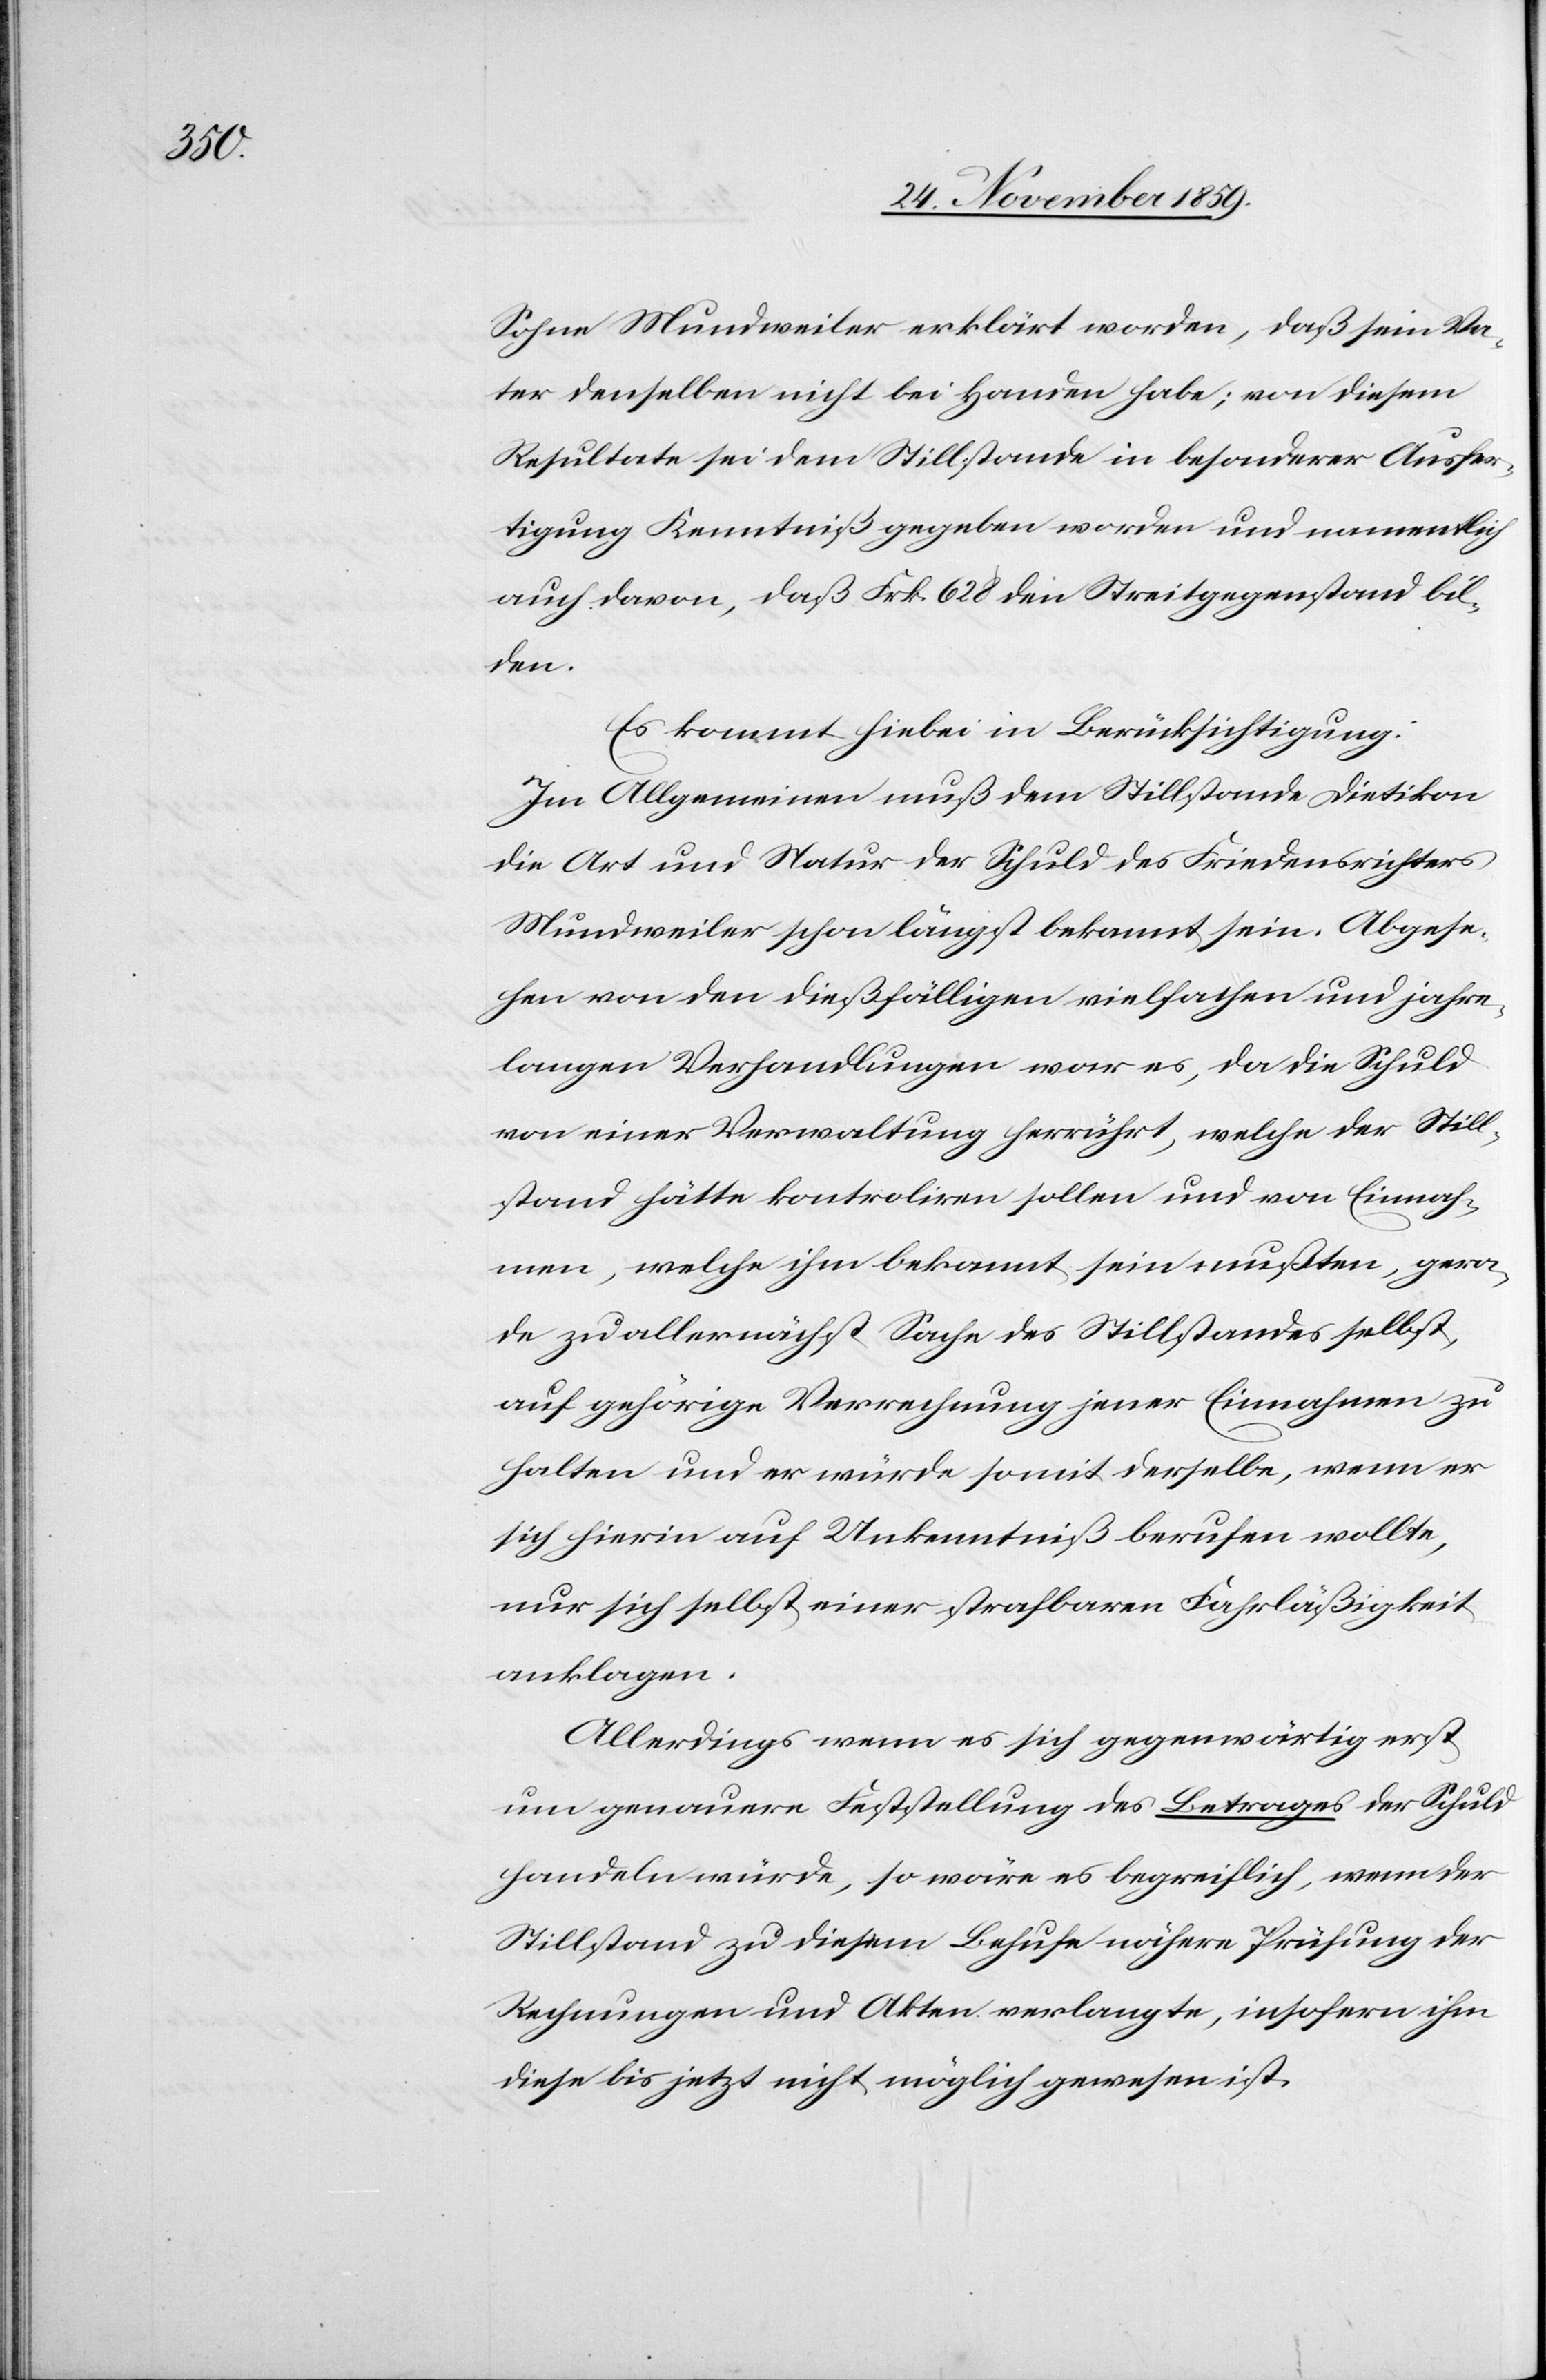
Sohne Mundweiler erklärt worden, daß sein Va¬
ter denselben nicht bei Handen habe; von diesem
Resultate sei dem Stillstande in besonderer Ausfer¬
tigung Kenntniß gegeben worden und namentlich
auch davon, daß Frk. 628 den Streitgegenstand bil¬
den.
Es kommt hiebei in Berücksichtigung:
Im Allgemeinen muß dem Stillstande Dietikon
die Art und Natur der Schuld des Friedensrichters
Mundweiler schon längst bekannt sein. Abgese¬
hen von den dießfälligen vielfachen und jahre¬
langen Verhandlungen war es, das die Schuld
von einer Verwaltung herrührt, welche der Still¬
stand hätte kontroliren sollen und von Einnah¬
men, welche ihm bekannt sein mußten, gera¬
de zuallernächst Sache des Stillstandes selbst,
auf gehörige Verrechnung jener Einnahmen zu
halten und er würde somit derselbe, wenn er
sich hierin auf Unkenntniß berufen wollte,
nur sich selbst einer strafbaren Fahrläßigkeit
anklagen.
Allerdings wenn es sich gegenwärtig erst
um genauere Feststellung des Betrages der Schuld
handeln würde, so wäre es begreiflich, wenn der
Stillstand zu diesem Behufe nähere Prüfung der
Rechnungen und Akten verlangte, insofern ihm
diese bis jetzt nicht möglich gewesen ist.